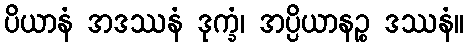
ပိယာနံ အဒဿနံ ဒုက္ခံ၊ အပ္ပိယာနဉ္စ ဒဿနံ။